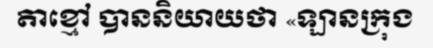
តាខ្មៅ បាននិយាយថា «ឡានក្រុង